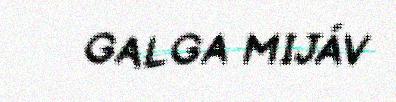
GALGA MIJÁV